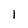
Character: 1